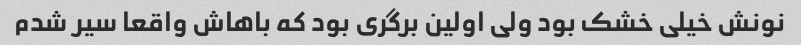
نونش خیلی خشک بود ولی اولین برگری بود که باهاش واقعا سیر شدم